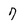
Character: 7